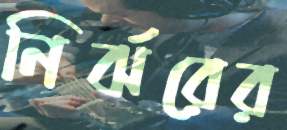
নির্ঝরের